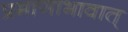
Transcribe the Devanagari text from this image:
प्रमाणाभावात्